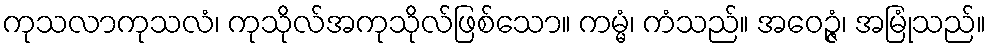
ကုသလာကုသလံ၊ ကုသိုလ်အကုသိုလ်ဖြစ်သော။ ကမ္မံ၊ ကံသည်။ အဝေဉ္ဇံ၊ အမြုံသည်။